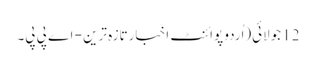
12 جولائی(اُردو پوائنٹ اخبارتازہ ترین - اے پی پی۔